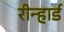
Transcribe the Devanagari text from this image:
रीन्हार्ड